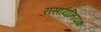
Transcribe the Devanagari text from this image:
रासायनियक